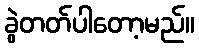
ခွဲတတ်ပါတော့မည်။